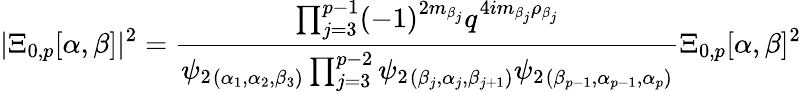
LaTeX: \vert\Xi_{0,p}[\alpha,\beta]\vert^{2}=\frac{\prod_{j=3}^{p-1}(-1)^{2m_{\beta_{j}}}q^{4im_{\beta_{j}}\rho_{\beta_{j}}}}{{\psi}_{2}{}_{(\alpha_{1},\alpha_{2},\beta_{3})}\prod_{j=3}^{p-2}{\psi}_{2}{}_{(\beta_{j},\alpha_{j},\beta_{j+1})}{\psi}_{2}{}_{(\beta_{p-1},\alpha_{p-1},\alpha_{p})}}\Xi_{0,p}[\alpha,\beta]^{2}